Indian journal of veterinary science and animal husbandry - Volumes 26-27, 1956-1957
Year: 1956
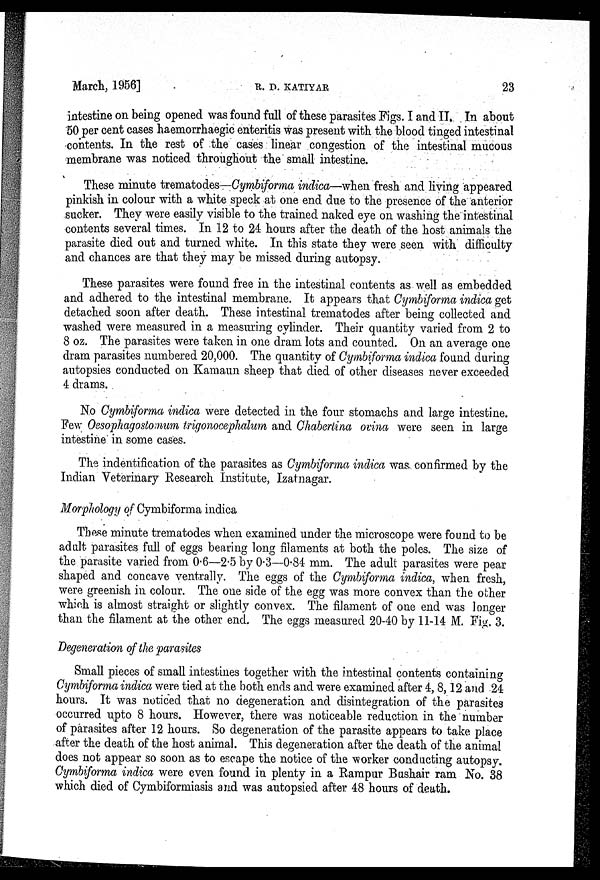
March, 1956]
R.
D.
KATIYAR
23
intestine on being opened was found full of these parasites Figs. I and II. In about
50 per cent cases haemorrhaegic enteritis was present with the blood tinged intestinal
contents. In the rest of the cases linear congestion of the intestinal mucous
membrane was noticed throughout the small intestine.
These minute trematodes—Cymbiforma indica—when fresh and living appeared
pinkish in colour with a white speck at one end due to the presence of the anterior
sucker. They were easily visible to the trained naked eye on washing the intestinal
contents several times. In 12 to 24 hours after the death of the host animals the
parasite died out and turned white. In this state they were seen with difficulty
and chances are that they may be missed during autopsy.
These parasites were found free in the intestinal contents as well as embedded
and adhered to the intestinal membrane. It appears that Cymbiforma indica get
detached soon after death. These intestinal trematodes after being collected and
washed were measured in a measuring cylinder. Their quantity varied from 2 to
8 oz. The parasites were taken in one dram lots and counted. On an average one
dram parasites numbered 20,000. The quantity of Cymbiforma indica found during
autopsies conducted on Kamaun sheep that died of other diseases never exceeded
4 drams.
No Cymbiforma indica were detected in the four stomachs and large intestine.
Few Oesophagostomum trigonocephalum and Chabertina ovina were seen in large
intestine in some cases.
The indentification of the parasites as Cymbiforma indica was confirmed by the
Indian Veterinary Research Institute, Izatnagar.
Morphology of Cymbiforma indica
These minute trematodes when examined under the microscope were found to be
adult parasites full of eggs bearing long filaments at both the poles. The size of
the parasite varied from 0.6—2.5 by 0.3—0.84 mm. The adult parasites were pear
shaped and concave ventrally. The eggs of the Cymbiforma indica, when fresh,
were greenish in colour. The one side of the egg was more convex than the other
which is almost straight or slightly convex. The filament of one end was longer
than the filament at the other end. The eggs measured 20-40 by 11-14 M. Fig. 3.
Degeneration of the parasites
Small pieces of small intestines together with the intestinal contents containing
Cymbiforma indica were tied at the both ends and were examined after 4, 8, 12 and 24
hours. It was noticed that no degeneration and disintegration of the parasites
occurred upto 8 hours. However, there was noticeable reduction in the number
of parasites after 12 hours. So degeneration of the parasite appears to take place
after the death of the host animal. This degeneration after the death of the animal
does not appear so soon as to escape the notice of the worker conducting autopsy.
Cymbiforma indica were even found in plenty in a Rampur Bushair ram No. 38
which died of Cymbiformiasis and was autopsied after 48 hours of death.